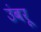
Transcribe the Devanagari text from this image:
उंबरू